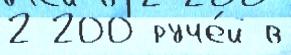
2 200 руче́й в